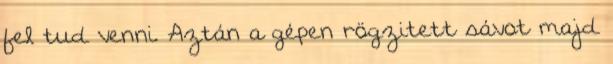
fel tud venni. Aztán a gépen rögzitett sávot majd